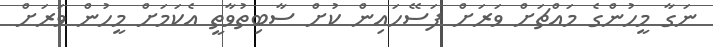
ނަގާ މީހުންގެ މައްޗަށް ވަރަށް ފަސޭހައިން ކުށް ސާބިތުވާތީ އެކަމަށް މީހުން ވަރަށް